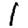
Digit: 1